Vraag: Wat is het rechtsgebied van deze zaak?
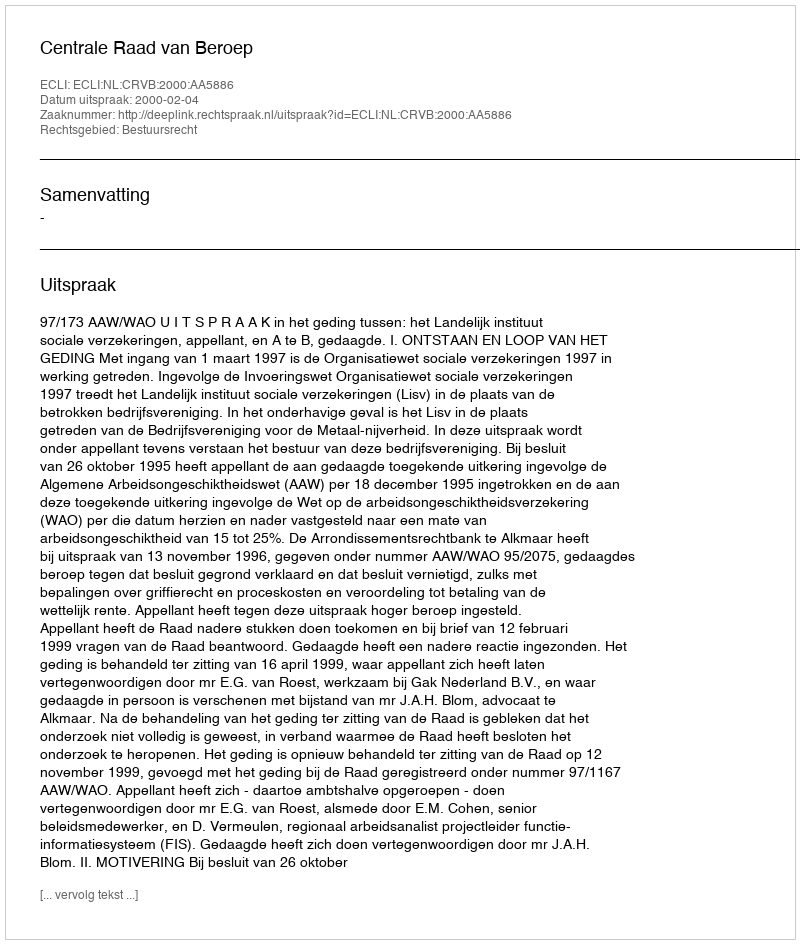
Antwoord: Bestuursrecht